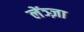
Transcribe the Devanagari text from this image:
लेंञ्ज़ा